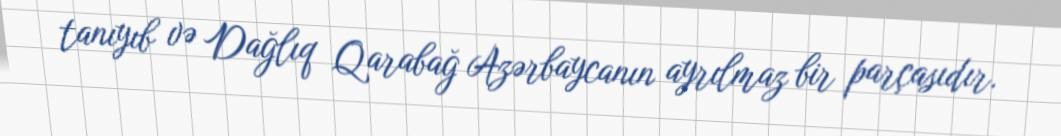
tanıyıb və Dağlıq Qarabağ Azərbaycanın ayrılmaz bir parçasıdır.